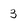
Character: 3